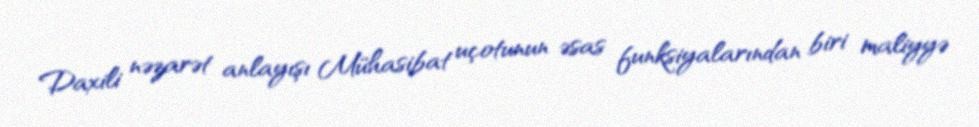
Daxili nəzarət anlayışı Mühasibat uçotunun əsas funksiyalarından biri maliyyə